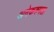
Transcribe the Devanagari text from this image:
अनेकरुपता